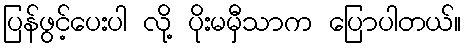
ပြန်ဖွင့်ပေးပါ လို့ ပိုးမမှီသာက ပြောပါတယ်။